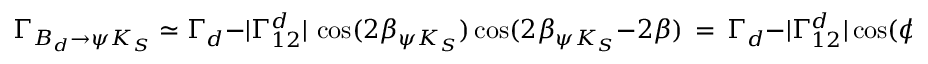
\Gamma _ { B _ { d } \to \psi K _ { S } } \simeq \Gamma _ { d } - | \Gamma _ { 1 2 } ^ { d } | \, \cos ( 2 \beta _ { \psi K _ { S } } ) \cos ( 2 \beta _ { \psi K _ { S } } - 2 \beta ) \, = \, \Gamma _ { d } - | \Gamma _ { 1 2 } ^ { d } | \cos ( \phi _ { d } + 2 \beta ) \cos \phi _ { d } ,